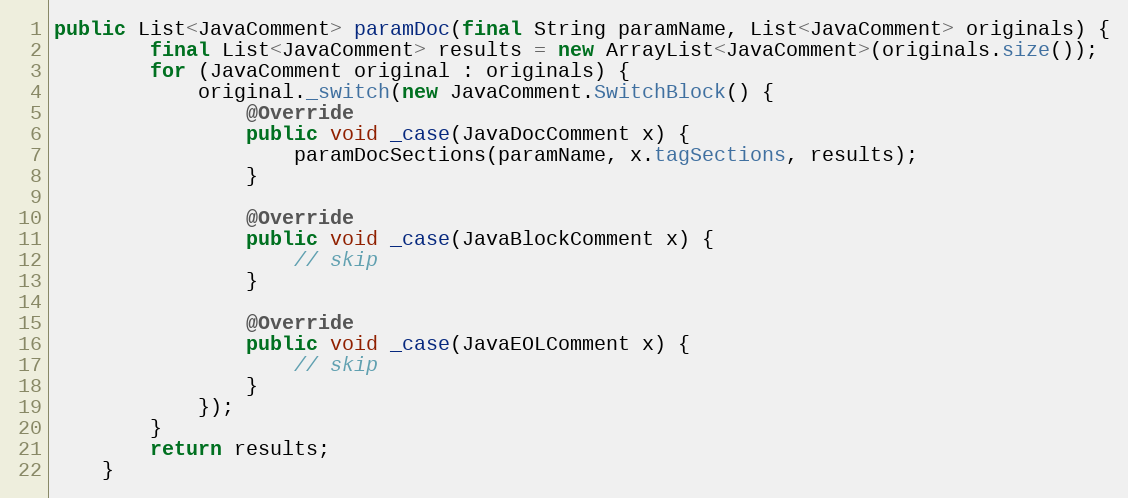
Language: Java
public List<JavaComment> paramDoc(final String paramName, List<JavaComment> originals) {
        final List<JavaComment> results = new ArrayList<JavaComment>(originals.size());
        for (JavaComment original : originals) {
            original._switch(new JavaComment.SwitchBlock() {
                @Override
                public void _case(JavaDocComment x) {
                    paramDocSections(paramName, x.tagSections, results);
                }

                @Override
                public void _case(JavaBlockComment x) {
                    // skip
                }

                @Override
                public void _case(JavaEOLComment x) {
                    // skip
                }
            });
        }
        return results;
    }